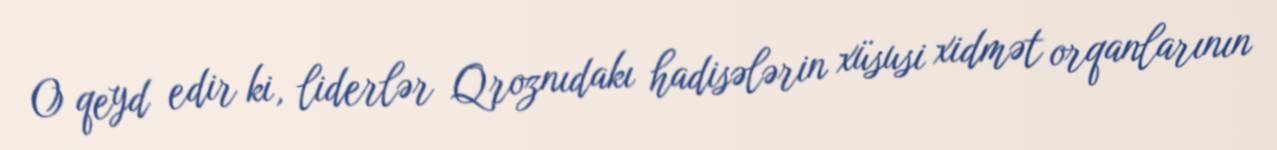
O qeyd edir ki, liderlər Qroznıdakı hadisələrin xüsusi xidmət orqanlarının